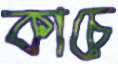
কাচে